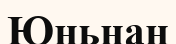
Юньнан